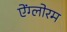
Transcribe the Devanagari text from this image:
ऐंग्लोरम